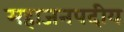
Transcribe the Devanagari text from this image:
महाजनपदीय